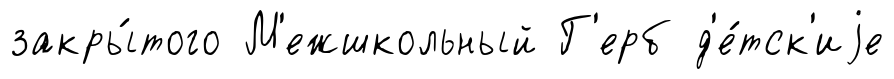
закры́того М'ежшкольный Г'ерб д'е́тск'иjе